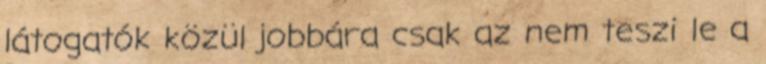
látogatók közül jobbára csak az nem teszi le a